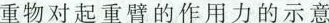
重物对起重臂的作用力的示意